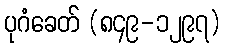
ပုဂံခေတ် (၈၄၉-၁၂၉၇)